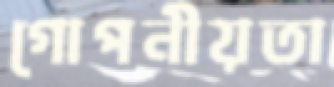
গোপনীয়তা